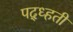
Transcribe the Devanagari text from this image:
पद्ध्हती